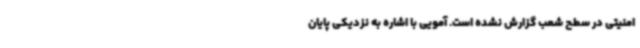
امنیتی در سطح شعب گزارش نشده است. آمویی با اشاره به نزدیکی پایان